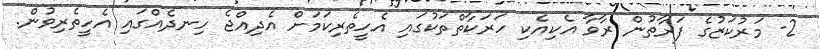
2- މަރުކަޒުގެ ފަރާތުން ރާވާ އެކިއެކި ހަރަކާތްތަކުގައި އެހީތެރިކަމަށް އެދިއްޖެ ހިނދެއްގައި އެހީތެރިވުން.